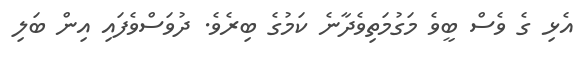
އެޅި ގެ ވެސް ބީވެ މަގުމަތިވެދާނެ ކަމުގެ ބިރެވެ. ދުވަސްވެފައި އިން ބަލި